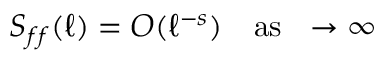
S _ { f f } ( \ell ) = O ( \ell ^ { - s } ) \quad \mathrm { { { a s \ } \ell \to \infty } }